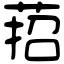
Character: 萔